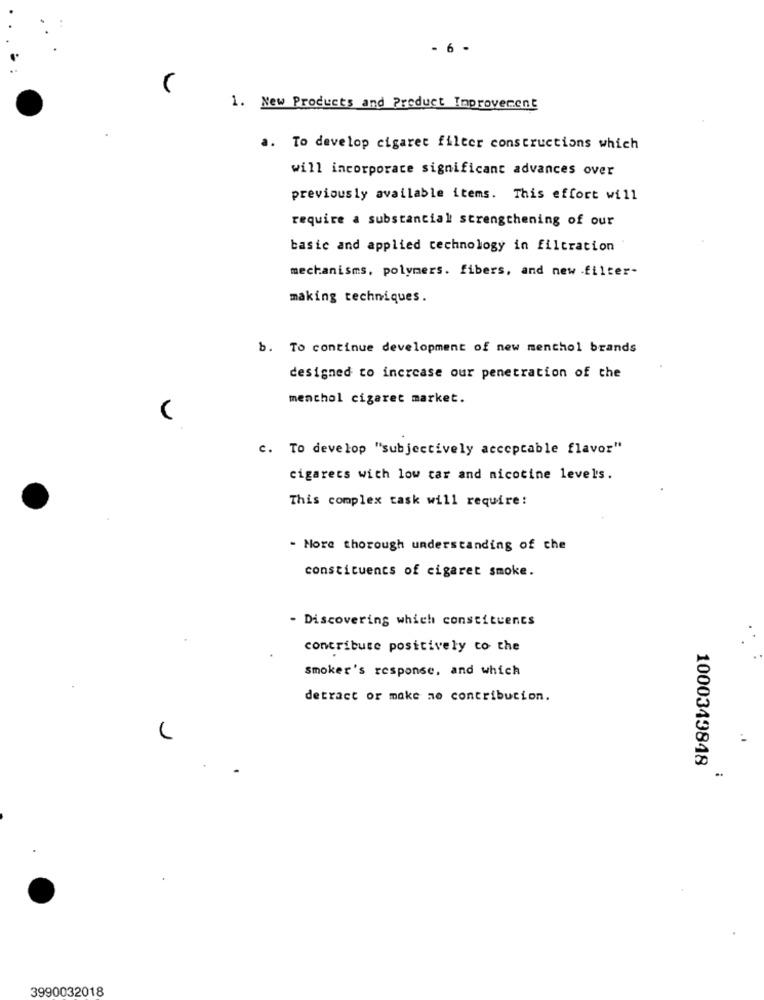
- 6 -
1. New Products and Product Improvement
a. To develop cigaret filter constructions which
will incorporate significant advances over
previously available items. This effort will
require a substantial strengthening of our
basic and applied technology in filtration
mechanisms, polymers. fibers, and new .filter-
making techniques.
b. To continue development of new menthol brands
designed to increase our penetration of the
menchol cigaret market.
c. To develop "subjectively acceptable flavor"
cigarets with low tar and nicotine levels.
This complex task will require:
- More thorough understanding of che
constituents of cigaret smoke.
- Discovering which constituents
contribute positively co the
smoker's response, and which
detract or make ao contribution.
1000349848
3990032018